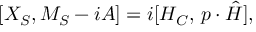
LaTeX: [ X _ { S } , M _ { S } - i { \cal A } ] = i [ { \cal H } _ { C } , \, p \cdot \hat { H } ] ,